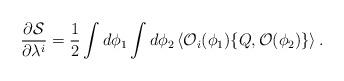
LaTeX: \begin{align*}\frac{\partial {\cal S}}{\partial \lambda^{i}} = \frac{1}{2} \int d\phi_{1}\int d\phi_{2} \, \langle {\cal O}_{i}(\phi_{1}) \{ Q, {\cal O}(\phi_{2}) \} \rangle \, .\end{align*}